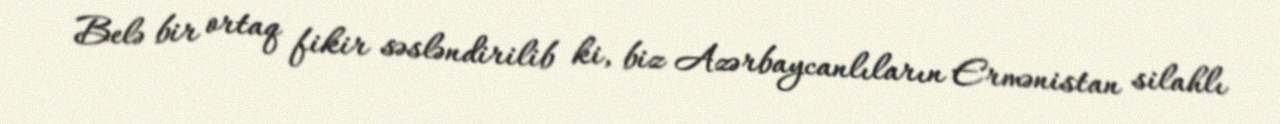
Belə bir ortaq fikir səsləndirilib ki, biz Azərbaycanlıların Ermənistan silahlı